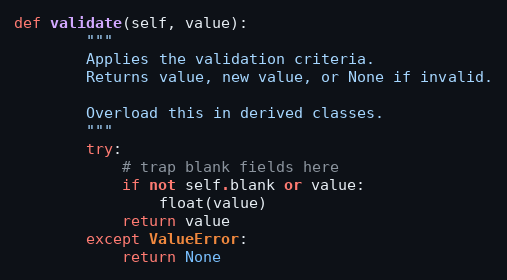
Language: Python
def validate(self, value):
        """
        Applies the validation criteria.
        Returns value, new value, or None if invalid.

        Overload this in derived classes.
        """
        try:
            # trap blank fields here
            if not self.blank or value:
                float(value)
            return value
        except ValueError:
            return None